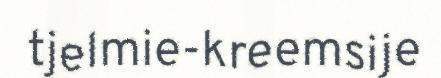
tjelmie-kreemsije